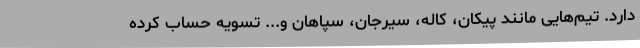
دارد. تیم‌هایی مانند پیکان، کاله، سیرجان، سپاهان و... تسویه حساب کرده‌